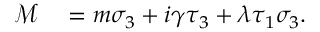
\begin{array} { r } { \begin{array} { r l } { \mathcal { M } } & { { } = m \sigma _ { 3 } + i \gamma \tau _ { 3 } + \lambda \tau _ { 1 } \sigma _ { 3 } . } \end{array} } \end{array}